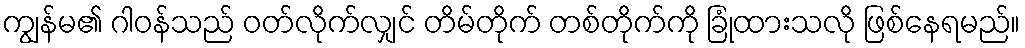
ကျွန်မ၏ ဂါဝန်သည် ဝတ်လိုက်လျှင် တိမ်တိုက် တစ်တိုက်ကို ခြုံထားသလို ဖြစ်နေရမည်။